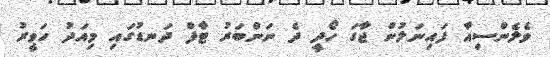
ވެލެންސިއާ ފައިނަލުން ޖާގަ ހޯދީ ދެ ނަންބަރު ޓާފް ދަނޑުގައި މިއަދު ހަވީރު